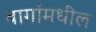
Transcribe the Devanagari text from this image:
बागांमधील